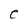
Character: e